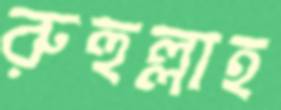
রুহুল্লাহ